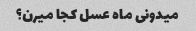
میدونی ماه عسل کجا میرن؟